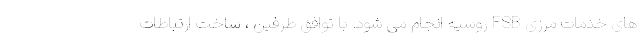
های خدمات مرزی FSB روسیه انجام می شود. با توافق طرفین ، ساخت ارتباطات